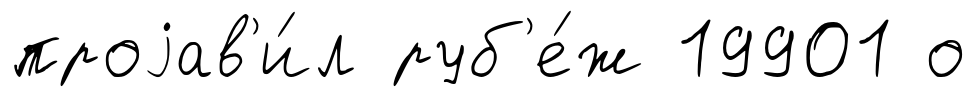
проjав'и́л руб'е́ж 19901 о